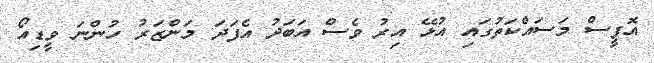
އޮފީސް މަސައްކަތުގައި އުޅޭ އިރު ވެސް އަބަދު އެފަދަ މަންޒަރު ހުންނަ ވީޑިއޯ